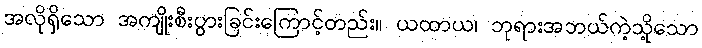
အလိုရှိသော အကျိုးစီးပွားခြင်းကြောင့်တည်း။ ယထာယ၊ ဘုရားအဘယ်ကဲ့သို့သော